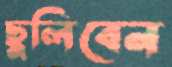
ছুলিবেন